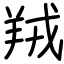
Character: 羢